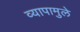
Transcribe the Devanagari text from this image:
व्यापामुले